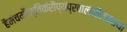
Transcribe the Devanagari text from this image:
हैमंचमौक्तिकंरौप्यंप्रवालंनीलकंतथा